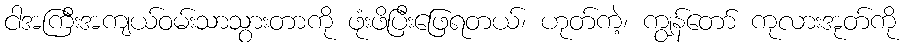
ငါအကြီးအကျယ်ဝမ်းသာသွားတာကို ဖုံးဖိပြီးဖြေရတယ်၊ ဟုတ်ကဲ့၊ ကျွန်တော် ကုလားအုတ်ကို